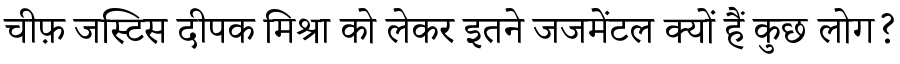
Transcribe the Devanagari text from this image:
चीफ़ जस्टिस दीपक मिश्रा को लेकर इतने जजमेंटल क्यों हैं कुछ लोग?